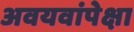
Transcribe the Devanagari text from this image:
अवयवांपेक्षा